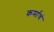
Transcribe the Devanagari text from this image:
कर्माचं